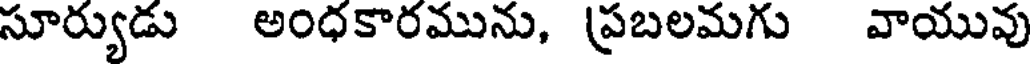
సూర్యుడు అంధకారమును, ప్రబలమగు వాయువు